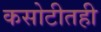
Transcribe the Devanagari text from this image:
कसोटीतही